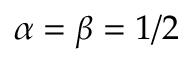
\alpha = \beta = 1 / 2